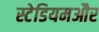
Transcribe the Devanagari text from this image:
स्टेडियमऔर